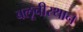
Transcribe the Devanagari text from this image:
बलूचीस्थान